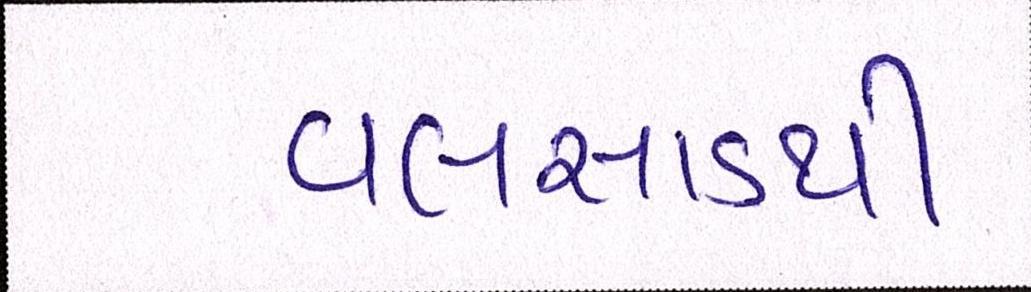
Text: વલસાડથી